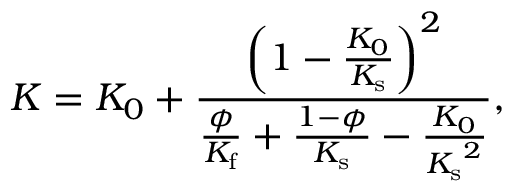
K = K _ { 0 } + \frac { \left( 1 - \frac { K _ { 0 } } { K _ { \mathrm { s } } } \right) ^ { 2 } } { \frac { \phi } { K _ { \mathrm { f } } } + \frac { 1 - \phi } { K _ { \mathrm { s } } } - \frac { K _ { 0 } } { { K _ { \mathrm { s } } } ^ { 2 } } } ,